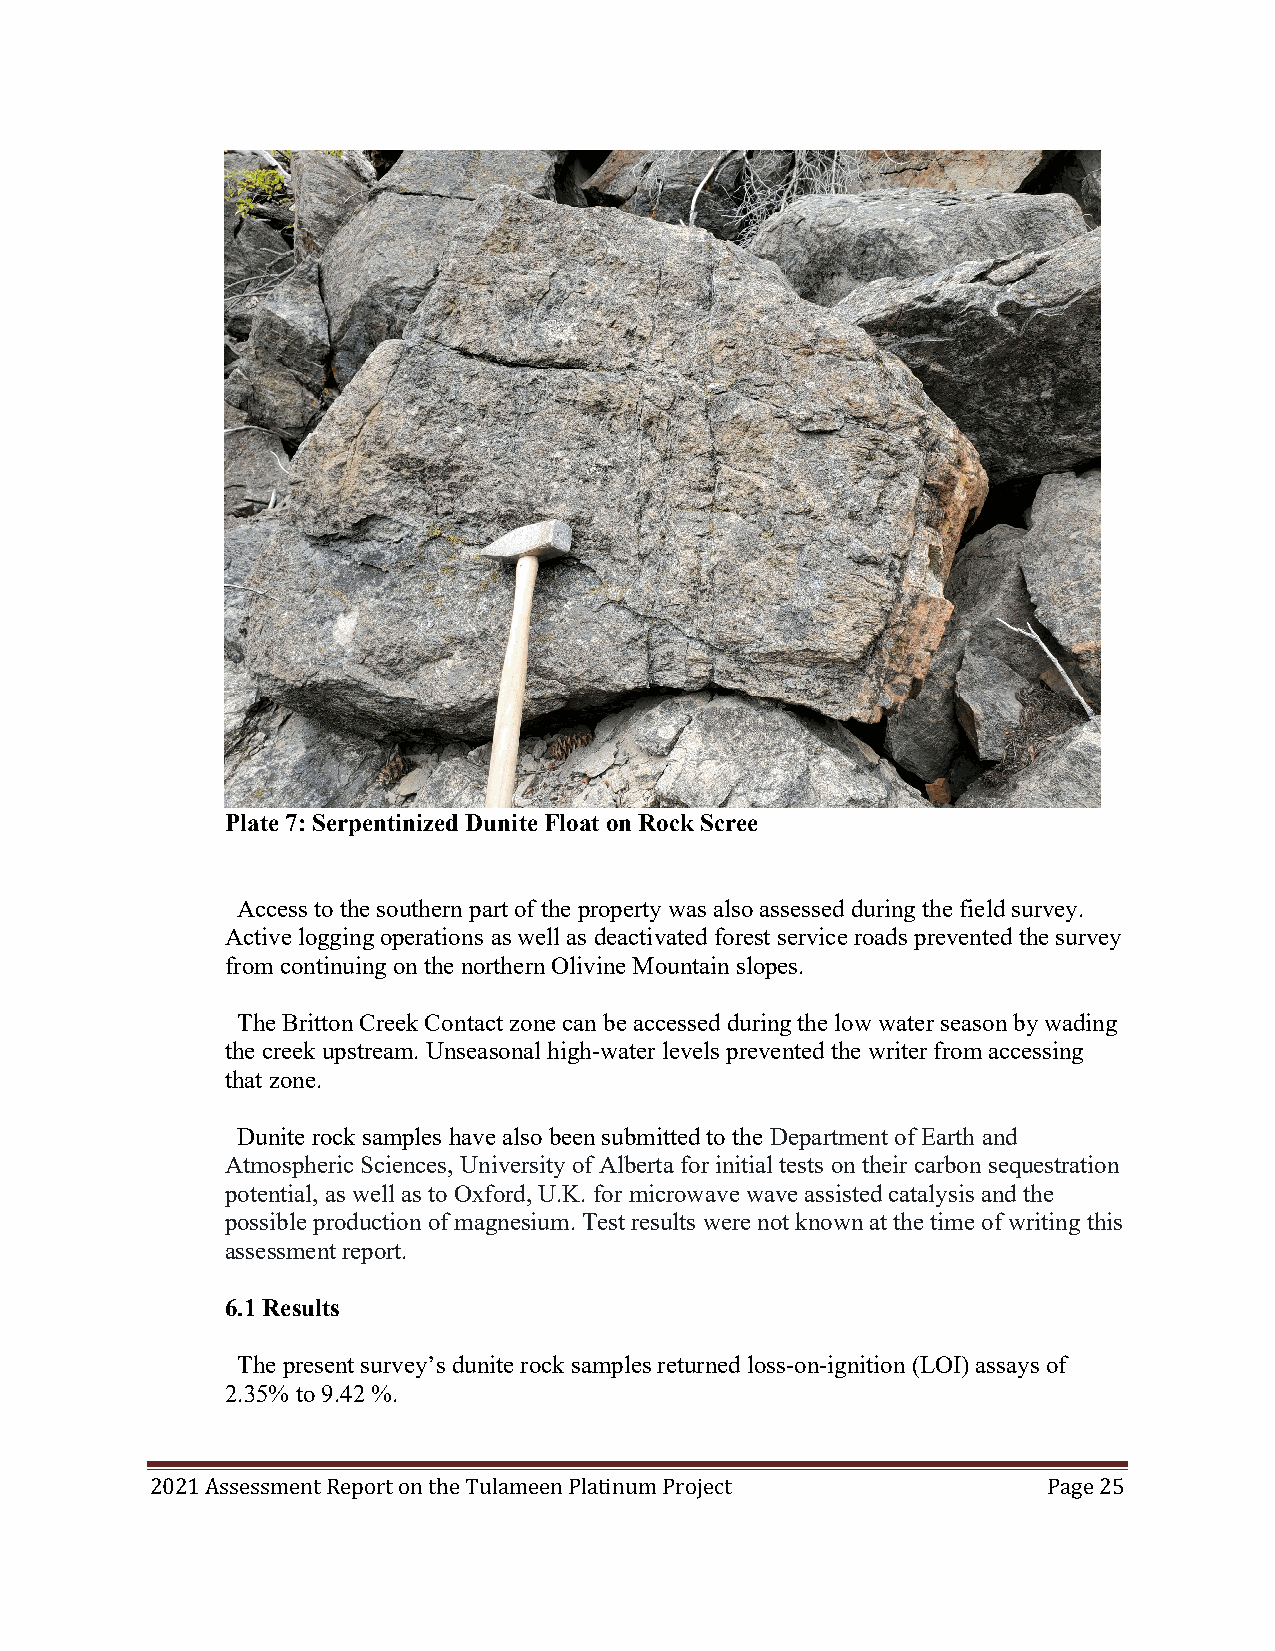
Plate 7: Serpentinized Dunite Float on Rock Scree
 Access to the southern part of the property was also assessed during the field survey.
 Active logging operations as well as deactivated forest service roads prevented the survey
 from continuing on the northern Olivine Mountain slopes.
 The Britton Creek Contact zone can be accessed during the low water season by wading
 the creek upstream. Unseasonal high-water levels prevented the writer from accessing
 that zone.
 Dunite rock samples have also been submitted to the Department of Earth and
 Atmospheric Sciences, University of Alberta for initial tests on their carbon sequestration
 potential, as well as to Oxford, U.K. for microwave wave assisted catalysis and the
 possible production of magnesium. Test results were not known at the time of writing this
 assessment report.
 6.1 Results
 The present survey’s dunite rock samples returned loss-on-ignition (LOI) assays of
 2.35% to 9.42 %.
 2021 Assessment Report on the Tulameen Platinum Project    Page 25